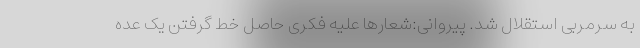
به سرمربی استقلال شد. پیروانی:شعارها علیه فکری حاصل خط گرفتن یک عده